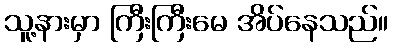
သူ့နားမှာ ကြီးကြီးမေ အိပ်နေသည်။